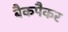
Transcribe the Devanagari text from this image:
बैकपैकर